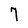
Character: 7